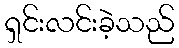
ရှင်းလင်းခဲ့သည်